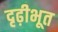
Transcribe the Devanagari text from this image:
दृढ़ीभूत